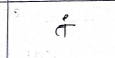
मजकूर: तं